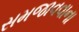
સમજાવવાના